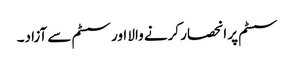
سسٹم پر انحصار کرنے والا اور سسٹم سے آزاد۔